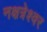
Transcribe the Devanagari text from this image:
नक्षत्रेश्वर